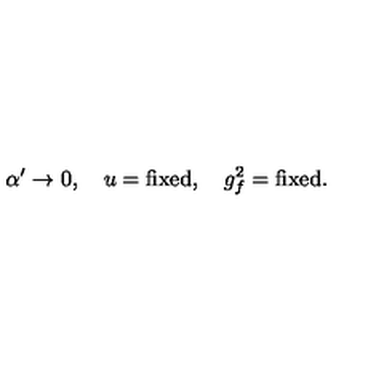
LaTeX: \alpha ^ { \prime } \rightarrow 0 , \quad u = \mathrm { f i x e d } , \quad g _ { f } ^ { 2 } = \mathrm { f i x e d } .